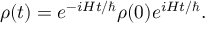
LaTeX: \rho ( t ) = e ^ { - i H t / \hbar } \rho ( 0 ) e ^ { i H t / \hbar } .